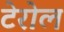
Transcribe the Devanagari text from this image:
टेरोल